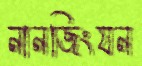
নানজিংযন